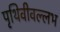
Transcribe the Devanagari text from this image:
पृथिवीवल्लभ